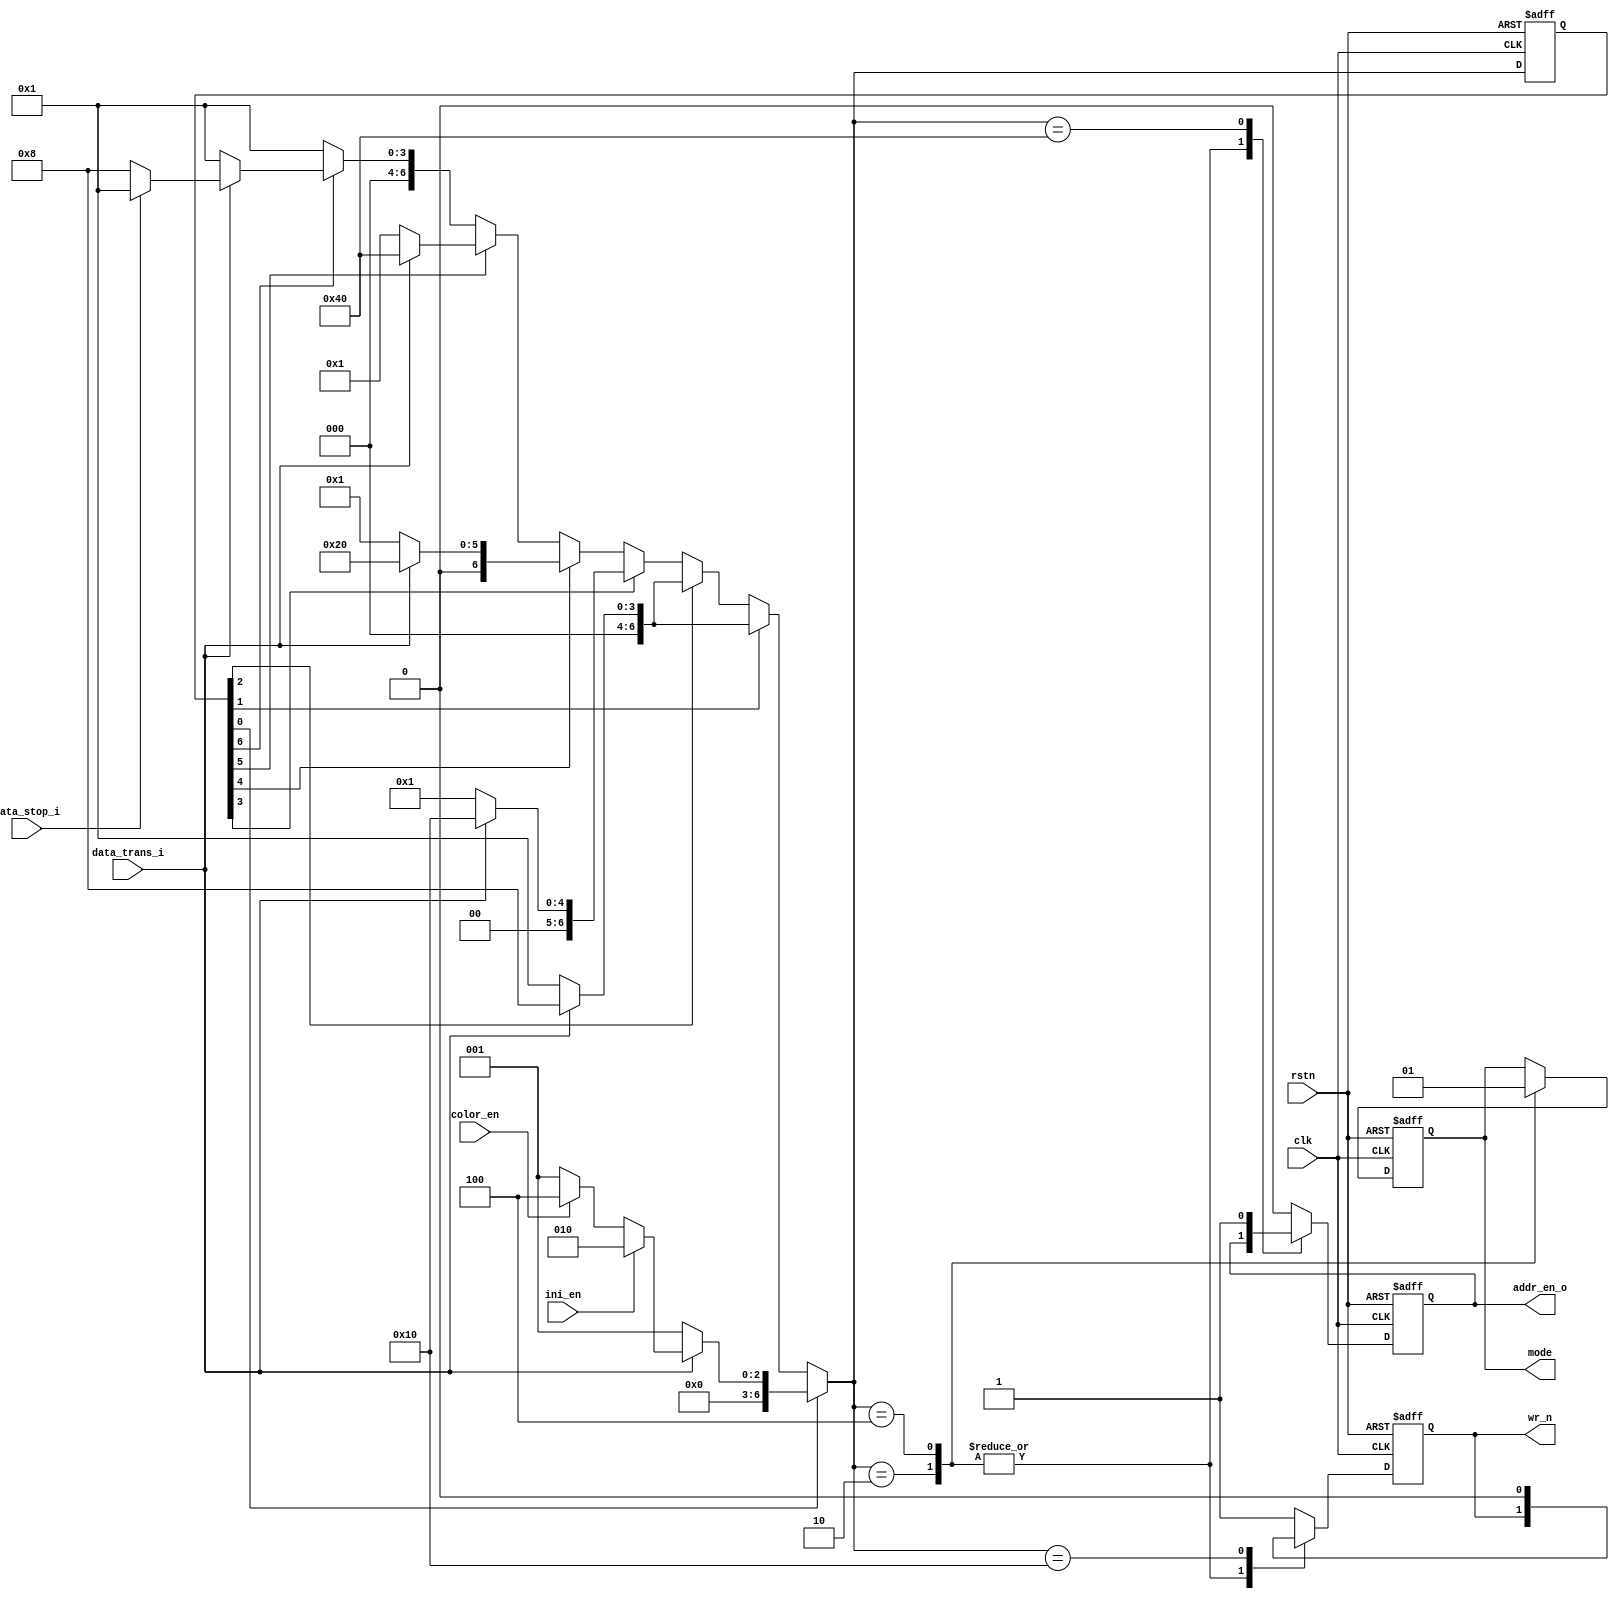
module WriteCtrl(
    input               clk,
    input               rstn,
    input               data_trans_i,
    input               data_stop_i,
    input               ini_en,
    input               color_en,
    output     reg      addr_en_o,
    output     reg      wr_n,
    output     reg      mode //0->ini 1->color
);

localparam  IDLE  = 8'b00000001;
localparam  INI   = 8'b00000010;
localparam  COLOR = 8'b00000100;
localparam  WAIT  = 8'b00001000;
localparam  WR_L  = 8'b00010000;
localparam  WR_H  = 8'b00100000;
localparam  ADDR  = 8'b01000000;

reg [10:0] cur_state, nxt_state;

always @ (*) begin
    if (cur_state[0])
        nxt_state = data_trans_i ? ( ini_en ? INI : (color_en ? COLOR : IDLE)) : IDLE;
    else if (cur_state[1]) 
        nxt_state = data_trans_i ? WAIT : IDLE;
    else if (cur_state[2]) 
        nxt_state = data_trans_i ? WAIT : IDLE;
    else if (cur_state[3]) 
        nxt_state = data_trans_i ? WR_L : IDLE;
    else if (cur_state[4])
        nxt_state = data_trans_i ? WR_H : IDLE;
    else if (cur_state[5])
        nxt_state = data_trans_i ? ADDR : IDLE;
    else if (cur_state[6])
        nxt_state = data_trans_i ? ( data_stop_i ? IDLE : WAIT )  : IDLE;   
    else nxt_state = IDLE;
end

always @ (posedge clk or negedge rstn) begin
    if (~rstn) cur_state <= IDLE;
    else cur_state <= nxt_state;
end

always @(posedge clk or negedge rstn) begin
    if (~rstn) begin
        wr_n <= 1'b1;
        addr_en_o <= 1'b0;
        mode <= 1'b0;
    end else begin
        case (nxt_state)
            IDLE: begin 
                wr_n <= 1'b1;
                addr_en_o <= 1'b0;
            end
            INI : mode <= 1'b0;
            COLOR: mode <= 1'b1;
            WAIT: begin 
                wr_n <= 1'b1;
                addr_en_o <= 1'b0;
            end
            WR_L: begin 
                wr_n <= 1'b0;
                addr_en_o <= 1'b0;
            end
            WR_H: begin 
                wr_n <= 1'b1;
                addr_en_o <= 1'b0;
            end
            ADDR: begin 
                wr_n <= 1'b1;
                addr_en_o <= 1'b1; 
            end
            default: begin 
                wr_n <= 1'b1;
                addr_en_o <= 1'b0;
            end
        endcase
    end
end

endmodule